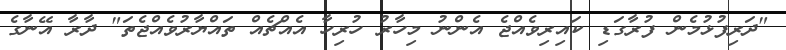
"ދަރިފުޅުމެން ފުރާގަޑި ކައިރިވެއްޖެ އެންނު މިހާރު ހުރިހާ އެއްޗެއް ތައްޔާރުވެއްޖެތަ" ދާރާ އޭނާގެ